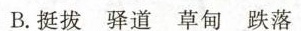
B.挺拔 驿道 草甸 跌落